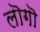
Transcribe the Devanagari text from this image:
लॊगॊ